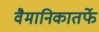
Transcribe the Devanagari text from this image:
वैमानिकातर्फे